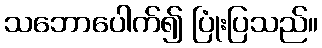
သဘောပေါက်၍ ပြုံးပြသည်။